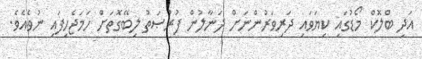
އަދި ބްލޮކް މޯޑުގައި ކިޔަވައި ދަރިވަރުންނަށް ދަނާލުން ފުރުޞަތު ލިބޭގޮތަށް ހަމަޖެހިފައި ނުވެއެވެ.